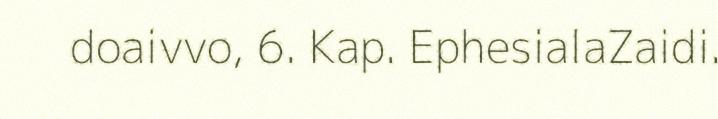
doaivvo, 6. Kap. EphesialaZaidi.